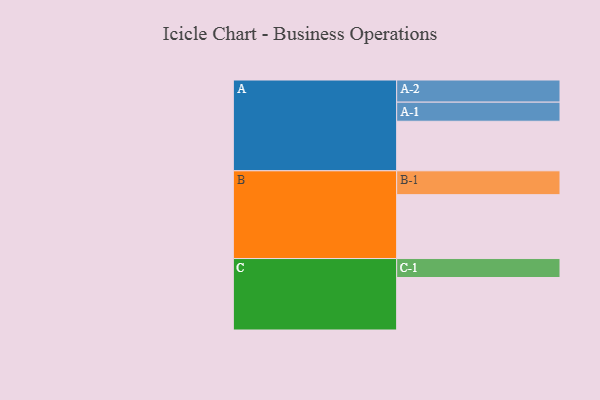
{"axis": {"x": "Segment", "y": "Value"}, "legend": ["", "A", "B", "C"], "data": [{"x": "A", "y": 405, "type": ""}, {"x": "B", "y": 522, "type": ""}, {"x": "C", "y": 429, "type": ""}, {"x": "A-1", "y": 156, "type": "A"}, {"x": "A-2", "y": 181, "type": "A"}, {"x": "B-1", "y": 195, "type": "B"}, {"x": "C-1", "y": 155, "type": "C"}]}